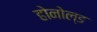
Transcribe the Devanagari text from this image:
होनोल्ड